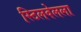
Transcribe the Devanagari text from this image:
स्टिलवेलला